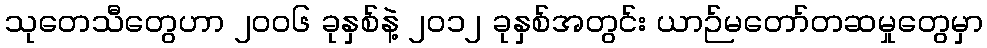
သုတေသီတွေဟာ ၂၀၀၆ ခုနှစ်နဲ့ ၂၀၁၂ ခုနှစ်အတွင်း ယာဉ်မတော်တဆမှုတွေမှာ